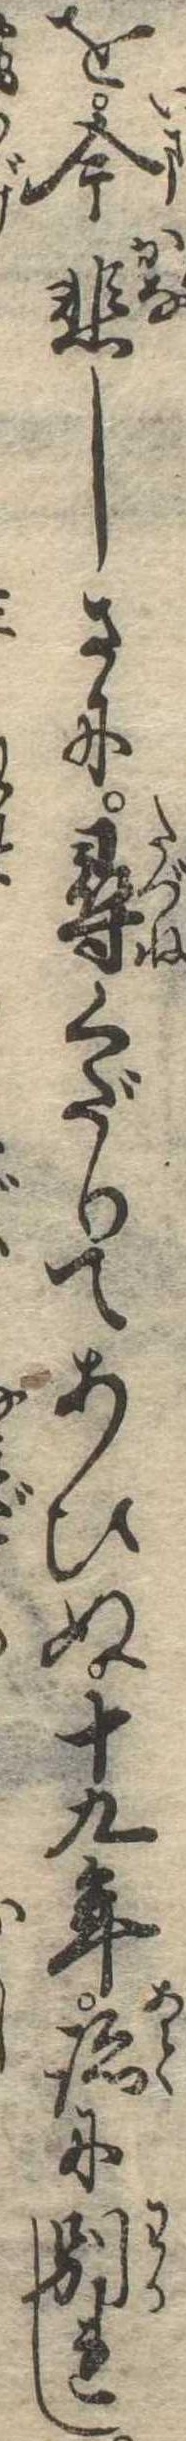
を今悲しさに尋くだりてあひぬ十九年跡に別れし